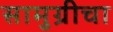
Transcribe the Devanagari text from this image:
सामुग्रीचा